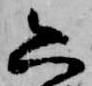
六